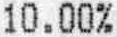
10.00%